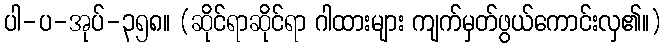
ပါ-ပ-အုပ်-၃၅၈။ (ဆိုင်ရာဆိုင်ရာ ဂါထားများ ကျက်မှတ်ဖွယ်ကောင်းလှ၏။)